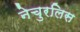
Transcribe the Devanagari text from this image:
नेचुरलिस